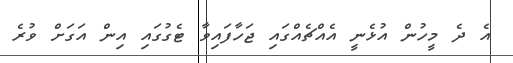
އެ ދެ މީހުން އުޅެނީ އެއްޗެއްގައި ޖަހާފައިވާ ޓެގުގައި އިން އަގަށް ވުރެ